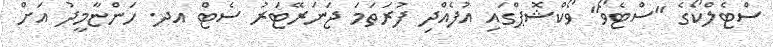
ސްޓެލްކޯގެ "ސްޓެވޯ" ވޯކްޝޮޕްގައި އުފެއްދި ފުރަތަމަ ޖަނަރޭޓަރު ސެޓް އދ. ހަންޏާމީދު އަށް